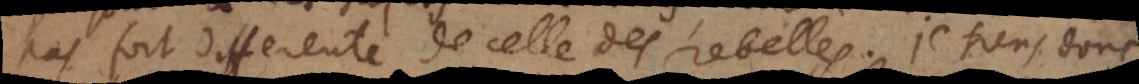
pas fort differente de celle des rebelles. Je tiens donc